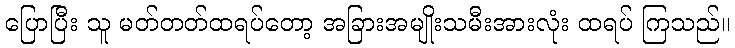
ပြောပြီး သူ မတ်တတ်ထရပ်တော့ အခြားအမျိုးသမီးအားလုံး ထရပ် ကြသည်။